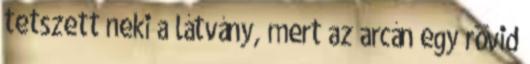
tetszett neki a látvány, mert az arcán egy rövid